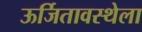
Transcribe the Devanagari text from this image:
ऊर्जितावस्थेला